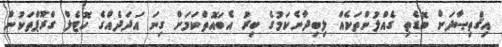
އިޤްތިޞާދަށް ބޮޑެތި ގެއްލުންތަކެއް ލިބިދާނެކަމުގެ ބިރު އެބައޮތްކަމަށް ގިނަ އަދަދެއްގެ ހޮޓެލް ގްރޫޕްތަކުން